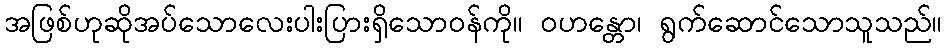
အဖြစ်ဟုဆိုအပ်သောလေးပါးပြားရှိသောဝန်ကို။ ဝဟန္တော၊ ရွက်ဆောင်သောသူသည်။